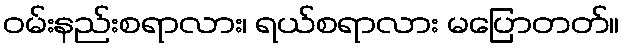
ဝမ်းနည်းစရာလား၊ ရယ်စရာလား မပြောတတ်။